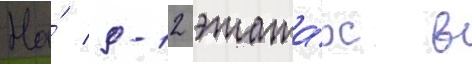
На́ 9-12 этажа́х в